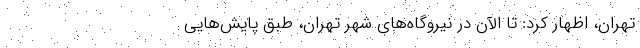
تهران، اظهار کرد: تا الآن در نیروگا‌ه‌های شهر تهران، طبق پایش‌‌هایی